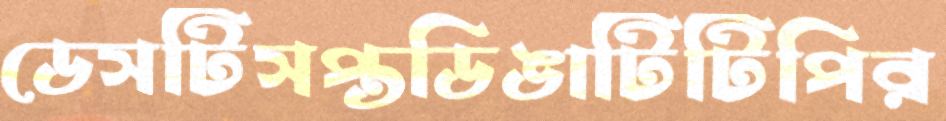
ডেসটিসপ্তডিঙাটিটিপির